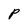
Character: P